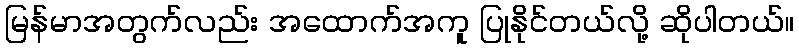
မြန်မာအတွက်လည်း အထောက်အကူ ပြုနိုင်တယ်လို့ ဆိုပါတယ်။